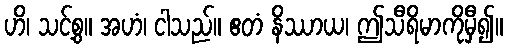
ဟိ၊ သင့်စွ။ အဟံ၊ ငါသည်။ ဧတံ နိဿာယ၊ ဤသီရိမာကိုမှီ၍။